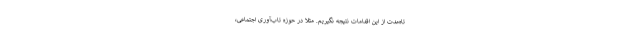
تاه‌مدت از این اقدامات نتیجه نگیریم. مثلا در حوزه تاب‌آوری اجتماعی،